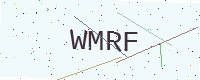
Text: WMRF